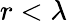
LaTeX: r<\lambda